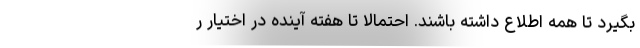
بگیرد تا همه اطلاع داشته باشند. احتمالا تا هفته آینده در اختیار ر